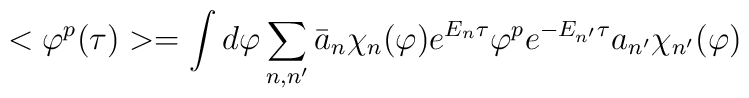
<\varphi^p(\tau)>=\int d\varphi\sum_{n,n'}\bar a_n\chi_n(\varphi)e^{E_n\tau}\varphi^pe^{-E_{n'}\tau}a_{n'}\chi_{n'}(\varphi)